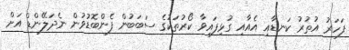
ފަހަރު އުތުރު ކަނޑާއި އެއާއި ގުޅިފައިވާ ކޯރުތަކުގެ ސަބަބުން ފެންބޮޑުވުން ނެދަލޭންޑް އަށް